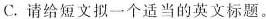
C.请给短文拟一个适当的英文标题。